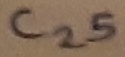
Text: C25